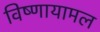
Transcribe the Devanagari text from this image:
विष्णायामल